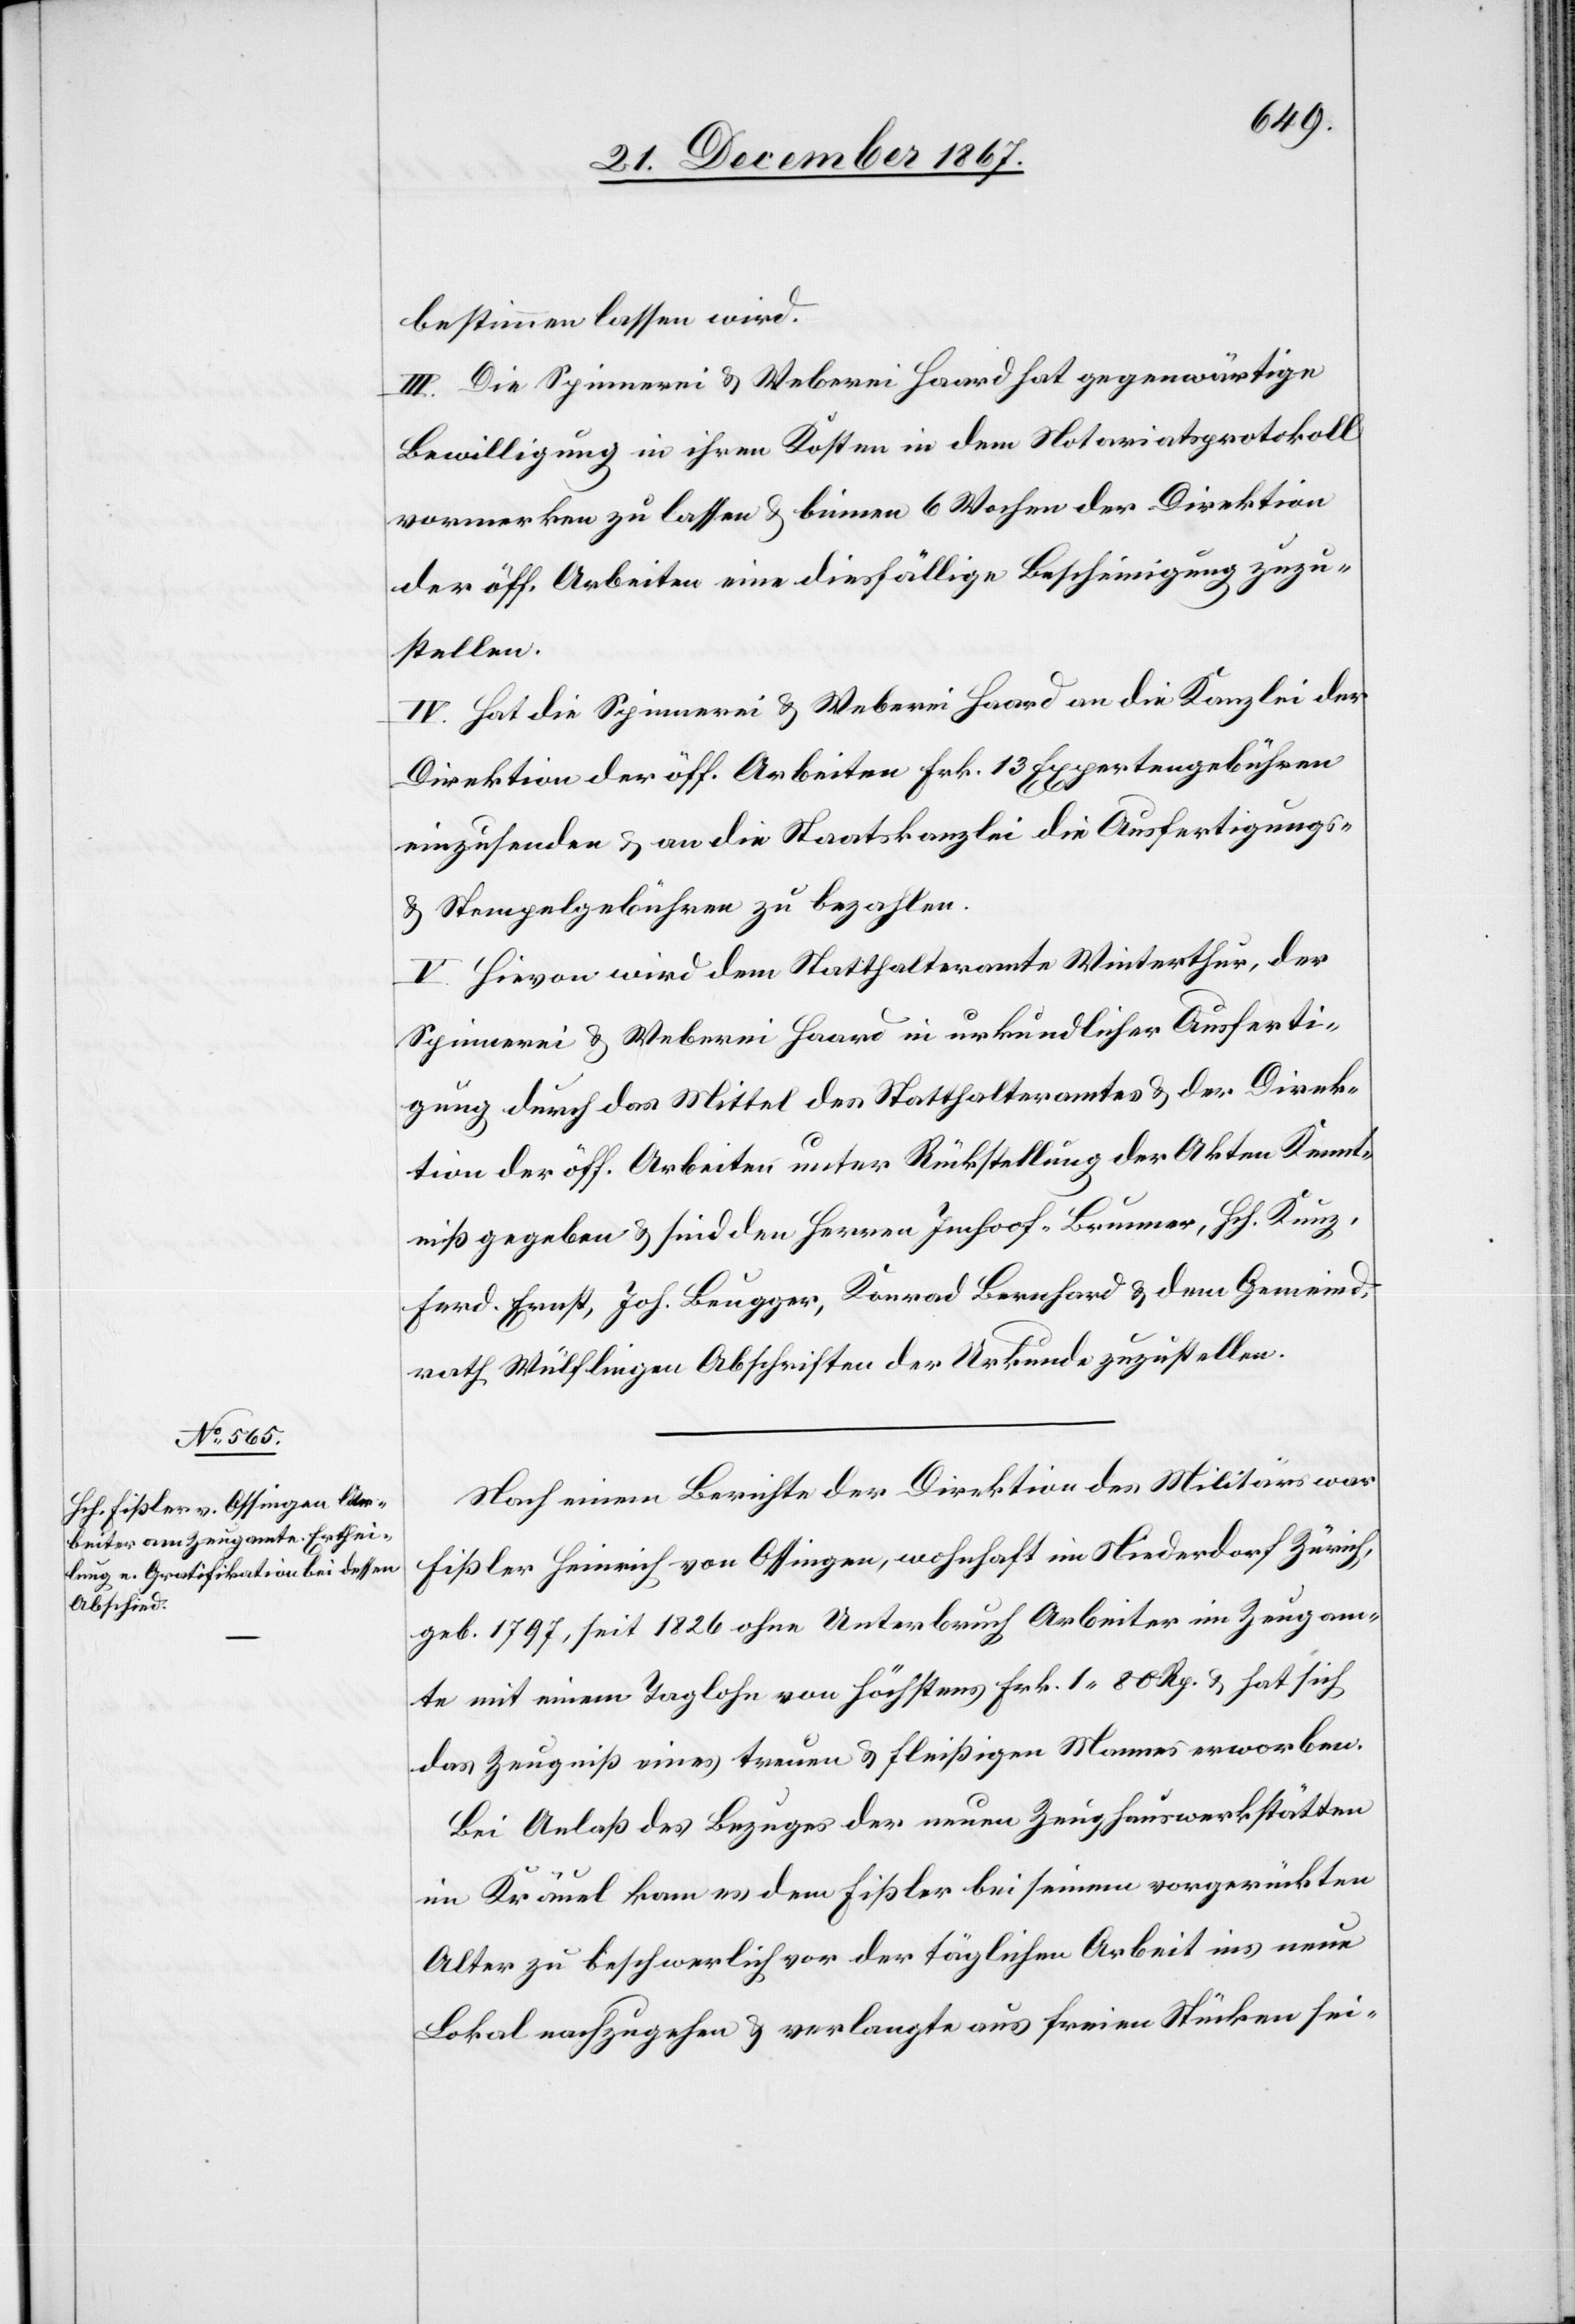
bestimmen lassen wird.
III. Die Spinnerei u. Weberei Haard hat gegenwärtige
Bewilligung in ihren Kosten in dem Notariatsprotokoll
vormerken zu lassen u. binnen 6 Wochen der Direktion
der öff. Arbeiten eine diesfällige Bescheinigung zuzu¬
stellen.
IV. Hat die Spinnerei u. Weberei Haaard an die Kanzlei der
Direktion der öff. Arbeiten Frk. 13 Expertengebühren
einzusenden u. an die Staatskanzlei die Ausfertigungs-
u. Stempelgebühren zu bezahlen.
V. Hievon wird dem Statthalteramte Winterthur, der
Spinnerei u. Weberei Haard in urkundlicher Ausferti¬
gung durch das Mittel des Statthalteramtes u. der Direk¬
tion der öff. Arbeiten unter Rückstellung der Akten Kennt¬
niß gegeben u. sind den Herren Imhoof-Brunner, Hch. Kunz,
Ferd. Ernst, Joh. Beugger, Konrad Bernhard u. dem Gemeind¬
rath Wülflingen Abschriften der Urkunde zuzustellen.
Nach einem Berichte der Direktion des Militärs war
Fißler Heinrich von Ossingen, wohnhaft im Niederdorf Zürich,
geb. 1797, seit 1826 ohne Unterbruch Arbeiter im Zeugam¬
te mit einem Taglohn von höchstens Frk. 1.80 Rp. u. hat sich
das Zeugniß eines treuen u. fleißigen Mannes erworben.
Bei Anlaß des Bezuges der neuen Zeughauswerkstätten
im Kräuel kam es dem Fißler bei seinem vorgerückten
Alter zu beschwerlich vor der täglichen Arbeit ins neue
Lokal nachzugehen u. verlangte aus freien Stücken sei-